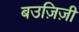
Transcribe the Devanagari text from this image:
बउज़िज़ी